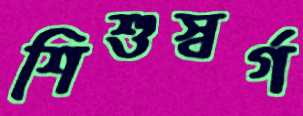
শিশুস্বর্গ